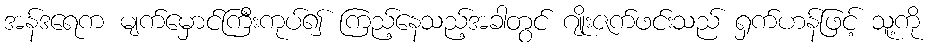
အန်ဒရေက မျက်မှောင်ကြီးကုပ်၍ ကြည့်နေသည့်အခါတွင် ဂျိုးဇက်ဖင်းသည် ရှက်ဟန်ဖြင့် သူ့ကို